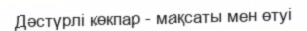
Дәстүрлі көкпар - мақсаты мен өтуі